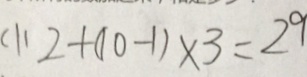
( 1 ) 2 + ( 1 0 - 1 ) \times 3 = 2 9